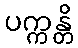
ပက္ကန္တိ